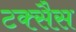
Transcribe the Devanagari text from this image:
टक्सैस